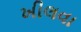
ખીલવા